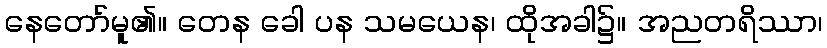
နေတော်မူ၏။ တေန ခေါ ပန သမယေန၊ ထိုအခါ၌။ အညတရိဿာ၊